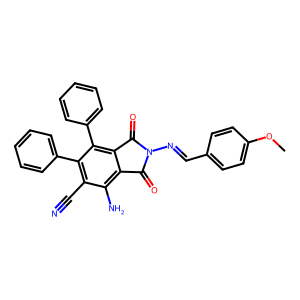
SMILES: COc1ccc(C=NN2C(=O)c3c(N)c(C#N)c(-c4ccccc4)c(-c4ccccc4)c3C2=O)cc1
Inhibits HIV replication: No